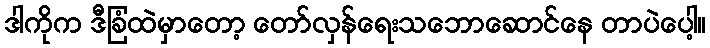
ဒါကိုက ဒီခြံထဲမှာတော့ တော်လှန်ရေးသဘောဆောင်နေ တာပဲပေါ့။